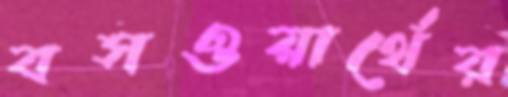
বসওয়ার্থের